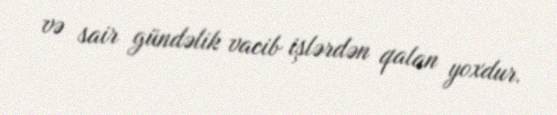
və sair gündəlik vacib işlərdən qalan yoxdur.